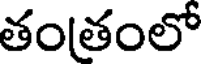
తంతంలో